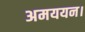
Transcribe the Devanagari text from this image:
अमययन।